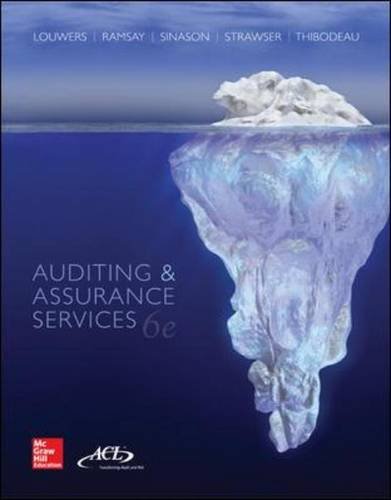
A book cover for Auditing & Assurance Services; Timothy J. Louwers; Business & Money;